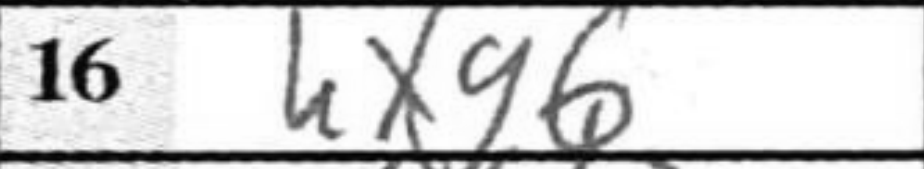
Transcription: hxg6